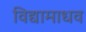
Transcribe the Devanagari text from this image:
विद्यामाधव